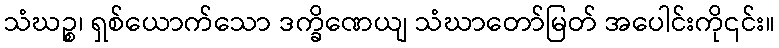
သံဃဉ္စ၊ ရှစ်ယောက်သော ဒက္ခိဏေယျ သံဃာတော်မြတ် အပေါင်းကို၎င်း။